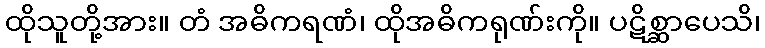
ထိုသူတို့အား။ တံ အဓိကရဏံ၊ ထိုအဓိကရုဏ်းကို။ ပဋိစ္ဆာပေသိ၊